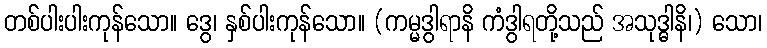
တစ်ပါးပါးကုန်သော။ ဒွေ၊ နှစ်ပါးကုန်သော။ (ကမ္မဒွါရာနိ ကံဒွါရတို့သည် အသုဒ္ဓါနိ၊) သော၊